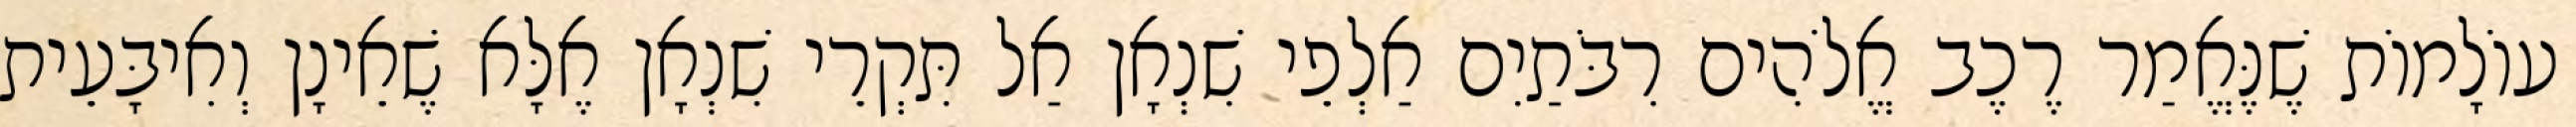
עוֹלָמוֹת שֶׁנֶּאֱמַר רֶכֶב אֱלֹהִים רִבֹּתַיִם אַלְפֵי שִׁנְאָן אַל תִּקְרֵי שִׁנְאָן אֶלָּא שֶׁאֵינָן וְאִיבָּעֵית